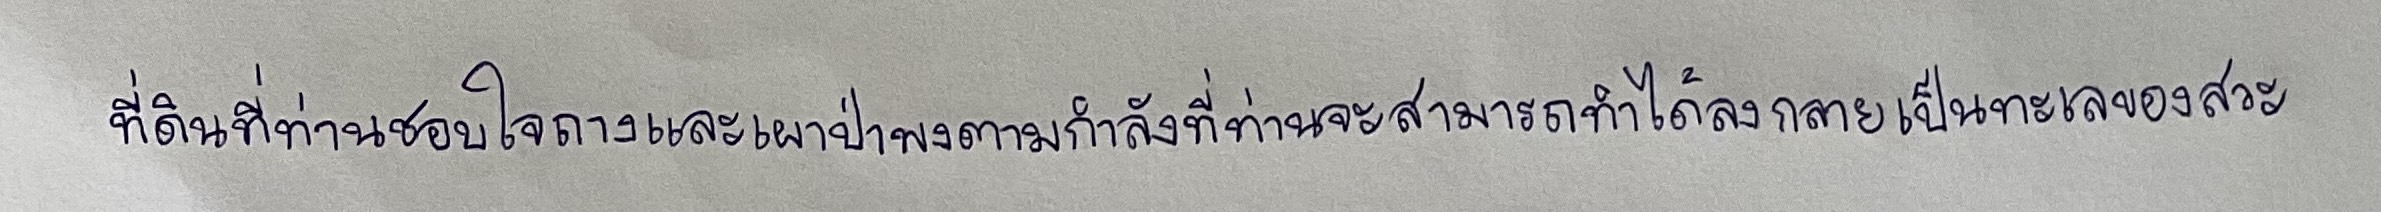
ที่ดินที่ท่านชอบใจถางและเผาป่าพงตามกำลังที่ท่านจะสามารถทำได้ลงกลายเป็นทะเลของสวะ